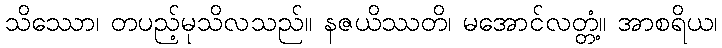
သိဿော၊ တပည့်မုသိလသည်။ နဇယိဿတိ၊ မအောင်လတ္တံ့။ အာစရိယ၊